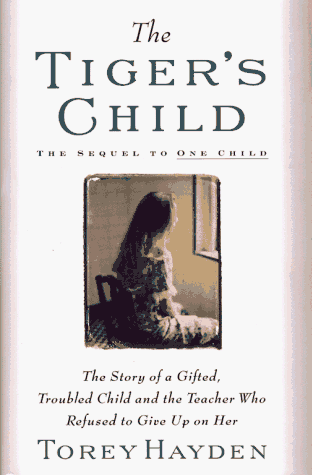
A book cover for The Tiger's Child: The Story of a Gifted, Troubled Child and the Teacher Who Refused to Give Up On (One Child); Torey Hayden; Health, Fitness & Dieting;